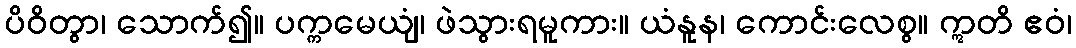
ပိဝိတွာ၊ သောက်၍။ ပက္ကမေယျံ၊ ဖဲသွားရမူကား။ ယံနူန၊ ကောင်းလေစွ။ ဣတိ ဧဝံ၊